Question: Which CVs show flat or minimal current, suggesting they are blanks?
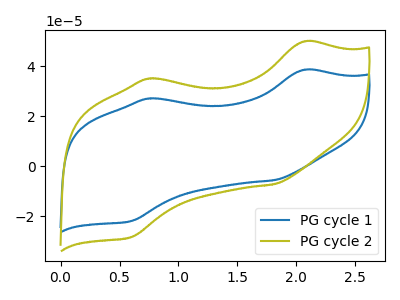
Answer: <think>The blue curve "PG cycle 1" has anodic peaks at (2.05V, 38.65uA) (0.75V, 27.15uA) and cathodic peaks at (1.80V, -5.50uA) (0.60V, -21.85uA). The olive curve "PG cycle 2" has anodic peaks at (2.05V, 50.00uA) (0.75V, 35.15uA) and cathodic peaks at (1.80V, -7.10uA) (0.60V, -28.30uA).</think>
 <answer>There are not any CV's on this graph that are likely to be blanks.</answer>
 <eval>none</eval>